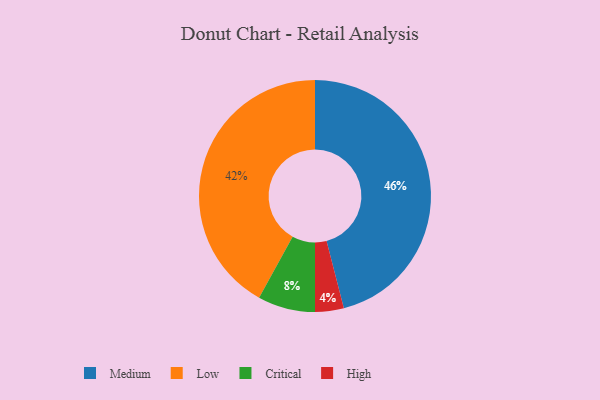
{"axis": {"x": "Category", "y": "Percentage"}, "legend": ["Critical", "High", "Low", "Medium"], "data": [{"x": "Critical", "y": 8, "type": "Critical"}, {"x": "Medium", "y": 46, "type": "Medium"}, {"x": "Low", "y": 42, "type": "Low"}, {"x": "High", "y": 4, "type": "High"}]}